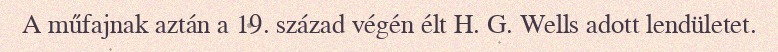
A műfajnak aztán a 19. század végén élt H. G. Wells adott lendületet.